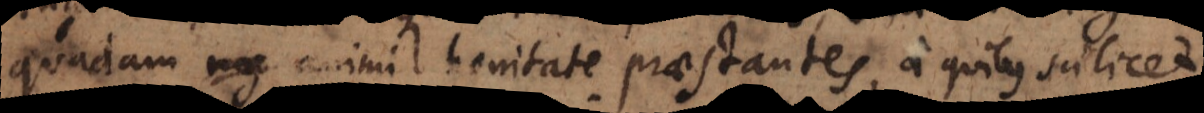
quadam animi bonitate praestantes, a quibus scilicet